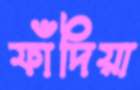
ফাঁদিয়া